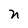
Character: n